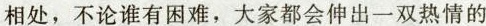
相处，不论谁有困难，大家都会伸出一双热情的